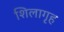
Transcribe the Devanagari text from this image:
शिलागृह